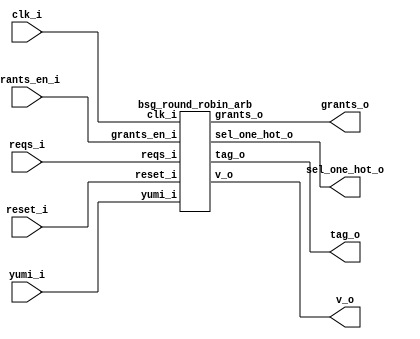


module top
(
  clk_i,
  reset_i,
  grants_en_i,
  reqs_i,
  grants_o,
  sel_one_hot_o,
  v_o,
  tag_o,
  yumi_i
);

  input [31:0] reqs_i;
  output [31:0] grants_o;
  output [31:0] sel_one_hot_o;
  output [4:0] tag_o;
  input clk_i;
  input reset_i;
  input grants_en_i;
  input yumi_i;
  output v_o;

  bsg_round_robin_arb
  wrapper
  (
    .reqs_i(reqs_i),
    .grants_o(grants_o),
    .sel_one_hot_o(sel_one_hot_o),
    .tag_o(tag_o),
    .clk_i(clk_i),
    .reset_i(reset_i),
    .grants_en_i(grants_en_i),
    .yumi_i(yumi_i),
    .v_o(v_o)
  );


endmodule



module bsg_round_robin_arb
(
  clk_i,
  reset_i,
  grants_en_i,
  reqs_i,
  grants_o,
  sel_one_hot_o,
  v_o,
  tag_o,
  yumi_i
);

  input [31:0] reqs_i;
  output [31:0] grants_o;
  output [31:0] sel_one_hot_o;
  output [4:0] tag_o;
  input clk_i;
  input reset_i;
  input grants_en_i;
  input yumi_i;
  output v_o;
  wire [31:0] grants_o,sel_one_hot_o;
  wire [4:0] tag_o;
  wire v_o,N0,N1,N2,N3,N4,N5,N6,N7,N8,N9,N10,N11,N12,N13,N14,N15,N16,N17,N18,N19,N20,
  N21,N22,N23,N24,N25,N26,N27,N28,N29;
  assign v_o = N29 | reqs_i[0];
  assign N29 = N28 | reqs_i[1];
  assign N28 = N27 | reqs_i[2];
  assign N27 = N26 | reqs_i[3];
  assign N26 = N25 | reqs_i[4];
  assign N25 = N24 | reqs_i[5];
  assign N24 = N23 | reqs_i[6];
  assign N23 = N22 | reqs_i[7];
  assign N22 = N21 | reqs_i[8];
  assign N21 = N20 | reqs_i[9];
  assign N20 = N19 | reqs_i[10];
  assign N19 = N18 | reqs_i[11];
  assign N18 = N17 | reqs_i[12];
  assign N17 = N16 | reqs_i[13];
  assign N16 = N15 | reqs_i[14];
  assign N15 = N14 | reqs_i[15];
  assign N14 = N13 | reqs_i[16];
  assign N13 = N12 | reqs_i[17];
  assign N12 = N11 | reqs_i[18];
  assign N11 = N10 | reqs_i[19];
  assign N10 = N9 | reqs_i[20];
  assign N9 = N8 | reqs_i[21];
  assign N8 = N7 | reqs_i[22];
  assign N7 = N6 | reqs_i[23];
  assign N6 = N5 | reqs_i[24];
  assign N5 = N4 | reqs_i[25];
  assign N4 = N3 | reqs_i[26];
  assign N3 = N2 | reqs_i[27];
  assign N2 = N1 | reqs_i[28];
  assign N1 = N0 | reqs_i[29];
  assign N0 = reqs_i[31] | reqs_i[30];

endmodule